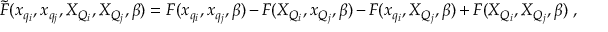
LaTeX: \tilde { F } ( x _ { q _ { i } } , x _ { q _ { j } } , X _ { Q _ { i } } , X _ { Q _ { j } } , \beta ) = F ( x _ { q _ { i } } , x _ { q _ { j } } , \beta ) - F ( X _ { Q _ { i } } , x _ { Q _ { j } } , \beta ) - F ( x _ { q _ { i } } , X _ { Q _ { j } } , \beta ) + F ( X _ { Q _ { i } } , X _ { Q _ { j } } , \beta ) \ ,